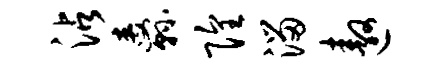
沾纛隍溜遨